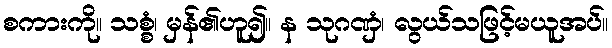
စကားကို။ သစ္စံ၊ မှန်၏ဟူ၍။ န သုဂဏှံ၊ လွယ်သဖြင့်မယူအပ်။